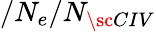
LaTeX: /N_{e}/N_{\sc CIV}